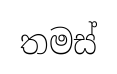
තමස්